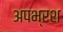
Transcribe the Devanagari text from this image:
अपभ्रश